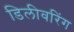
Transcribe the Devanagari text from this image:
डिलीवरिंग